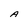
Character: A